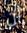
أن